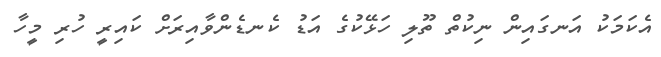
އެކަމަކު އަނގައިން ނިކުތް ތޫލި ހަޅޭކުގެ އަޑު ކެނޑެންވާއިރަށް ކައިރީ ހުރި މީހާ